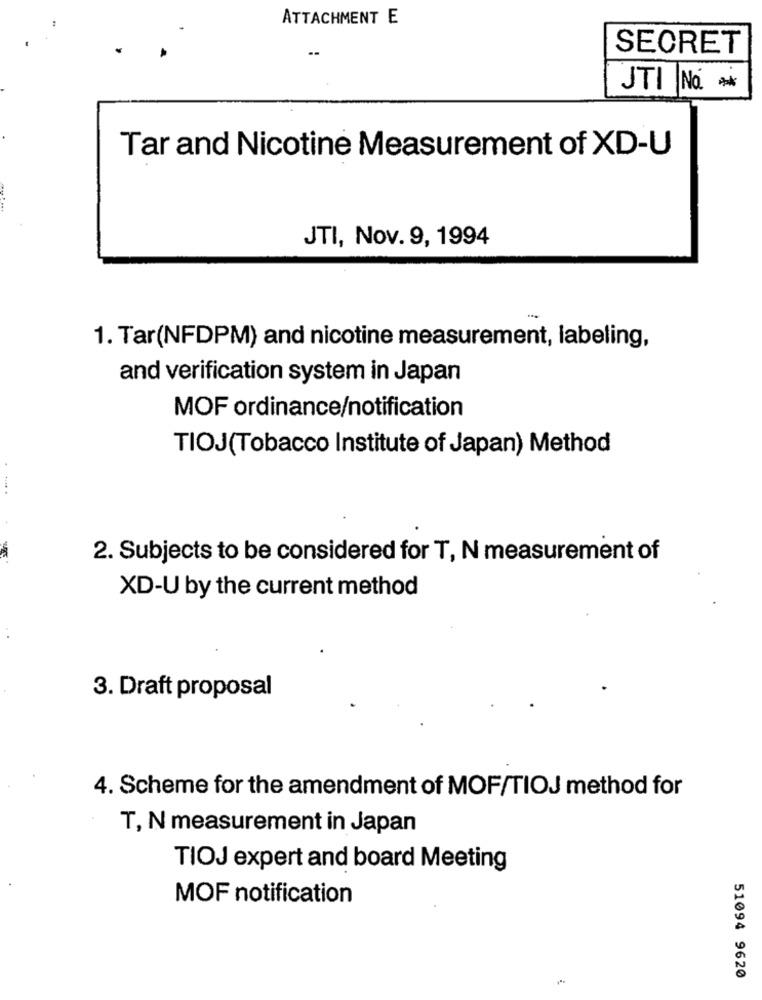
ATTACHMENT E
SECRET
JTI No.
Tar and Nicotine Measurement of XD-U
JTI, Nov. 9, 1994
1. Tar(NFDPM) and nicotine measurement, labeling,
and verification system in Japan
MOF ordinance/notification
TIOJ(Tobacco Institute of Japan) Method
2. Subjects to be considered for T, N measurement of
XD-U by the current method
3. Draft proposal
4. Scheme for the amendment of MOF/TIOJ method for
T, N measurement in Japan
TIOJ expert and board Meeting
MOF notification
51094 9620